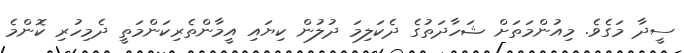
ސީދާ މަގެވެ. މިއުންމަތަށް ޝަހާދަތުގެ ދެކަލިމަ ދުލުން ކިޔައި އީމާންތެރިކަންމަތީ ދެމިހުރި ކޮންމެ